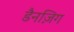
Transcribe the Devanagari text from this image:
डैनज़िग